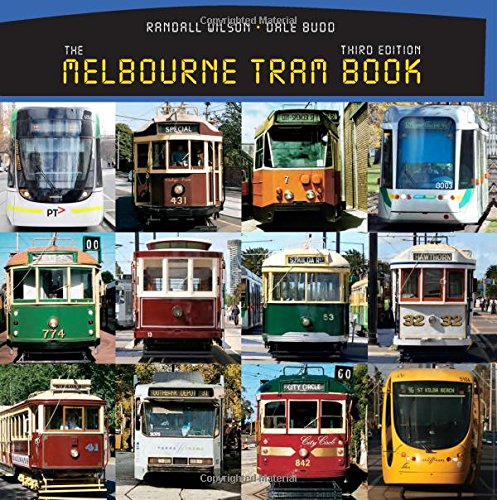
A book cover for The Melbourne Tram Book; Randall Wilson; Travel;